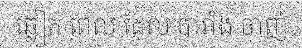
ឆ្លៀត ពេល ដែល បារាំង ចាញ់